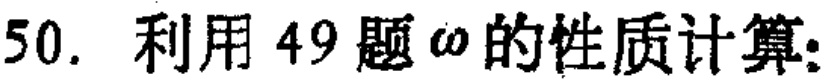
50. 利用 49 题\(\omega\)的性质计算: